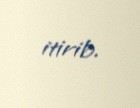
itirib.